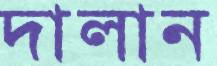
দালান